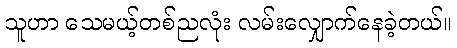
သူဟာ သေမယ့်တစ်ညလုံး လမ်းလျှောက်နေခဲ့တယ်။